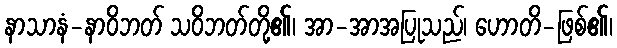
နာသာနံ-နာဝိဘတ် သဝိဘတ်တို့၏၊ အာ-အာအပြုသည်၊ ဟောတိ-ဖြစ်၏၊